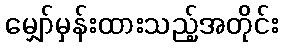
မျှော်မှန်းထားသည့်အတိုင်း